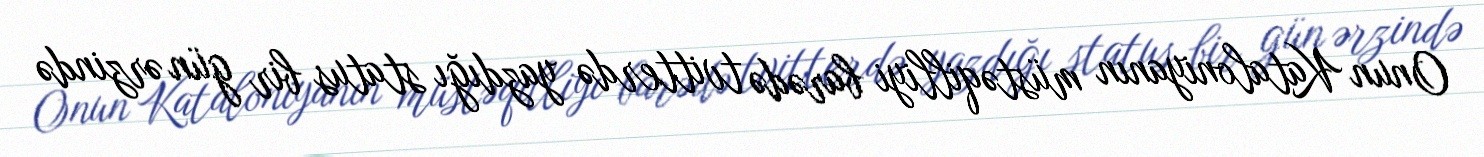
Onun Kataloniyanın müstəqilliyi barədə tvitterdə yazdığı status bir gün ərzində